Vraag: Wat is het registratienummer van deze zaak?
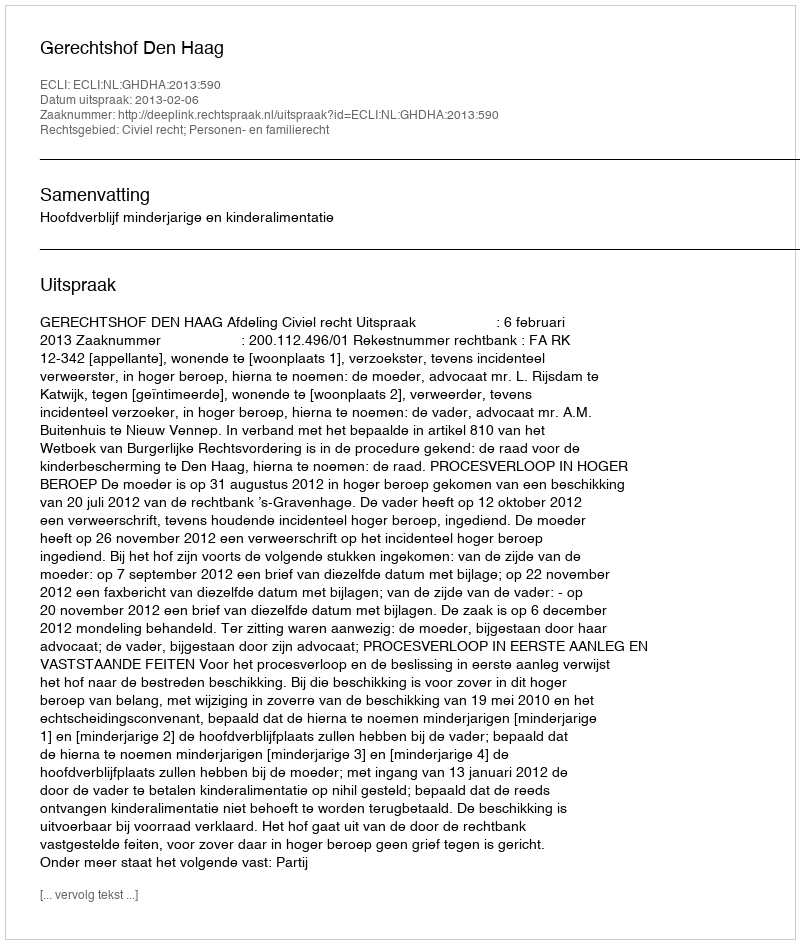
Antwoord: http://deeplink.rechtspraak.nl/uitspraak?id=ECLI:NL:GHDHA:2013:590